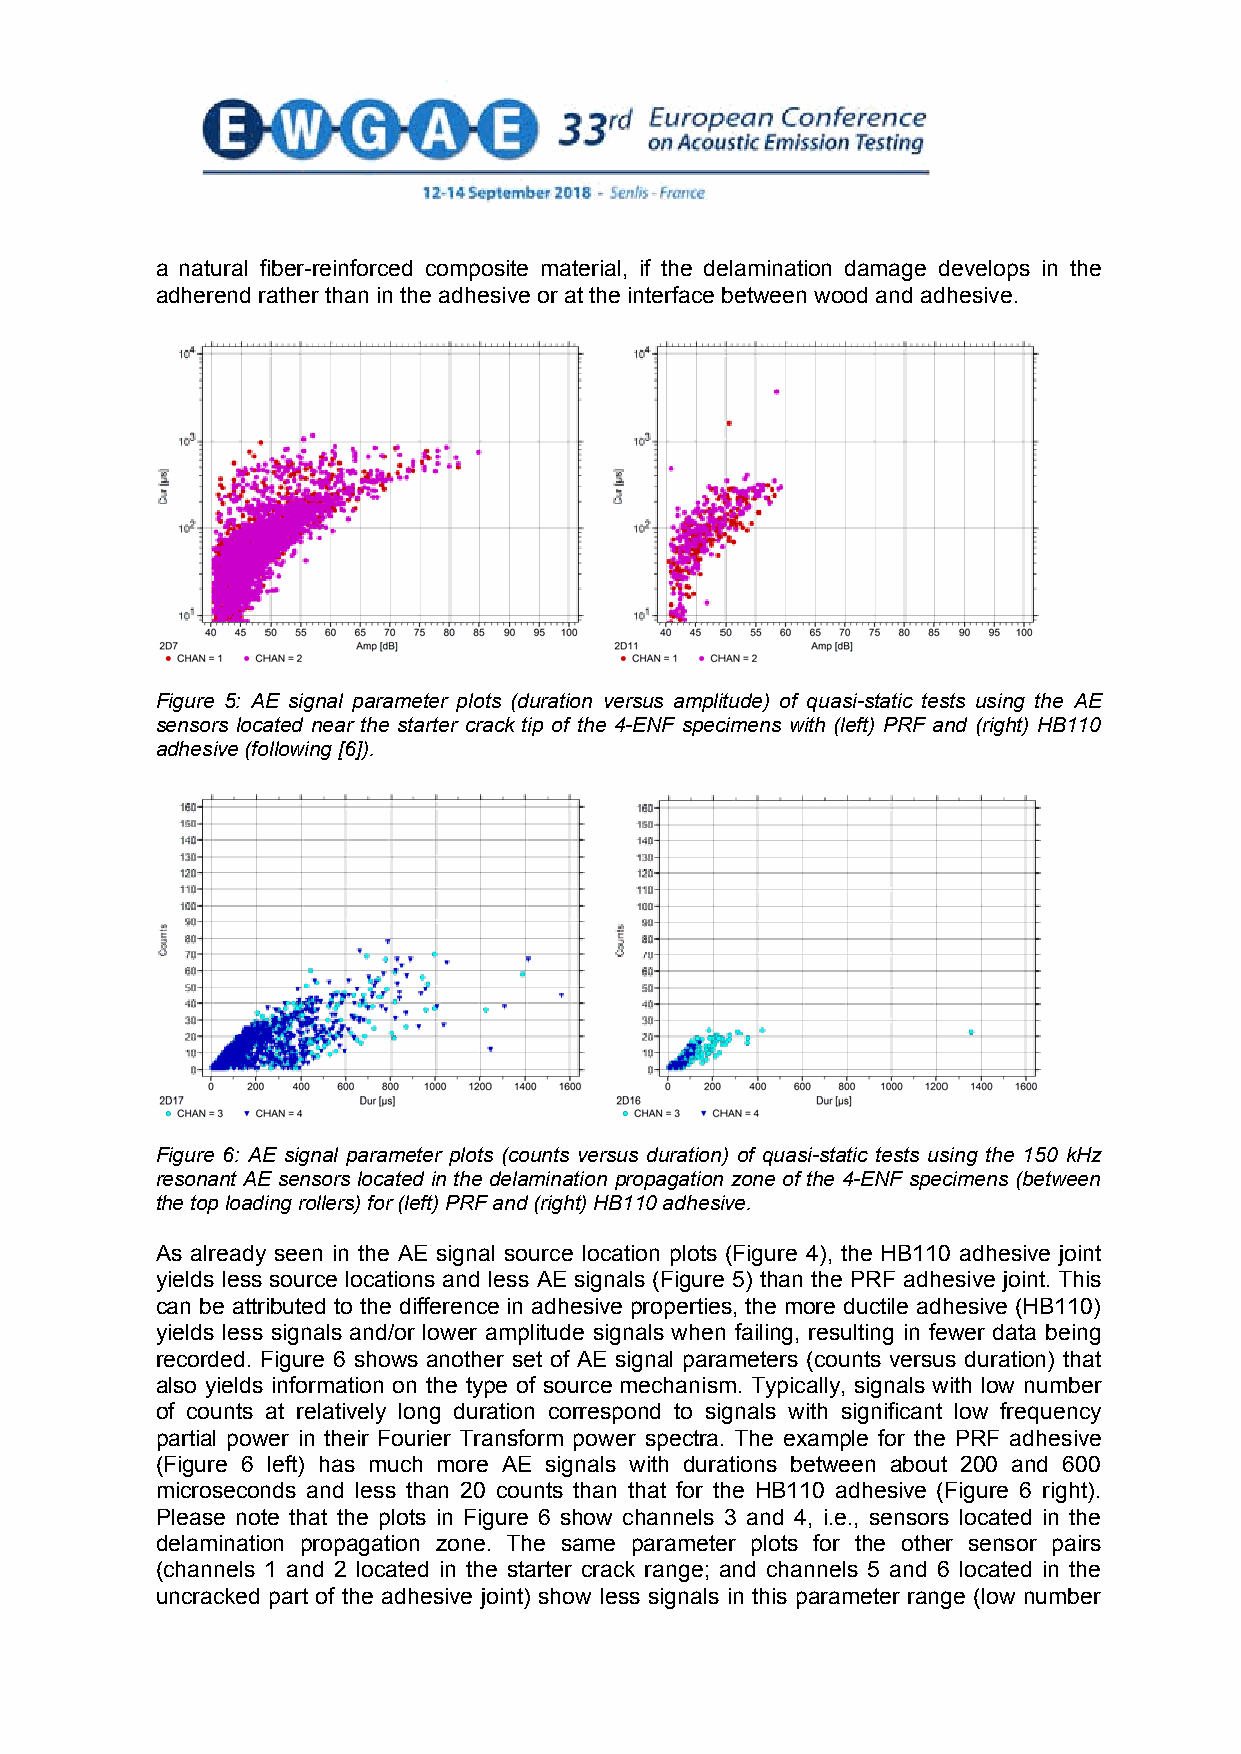
a natural fiber-reinforced composite material, if the delamination damage develops in the
 adherend rather than in the adhesive or at the interface between wood and adhesive.
 Figure 5: AE signal parameter plots (duration versus amplitude) of quasi-static tests using the AE
 sensors located near the starter crack tip of the 4-ENF specimens with (left) PRF and (right) HB110
 adhesive (following [6]).
 Figure 6: AE signal parameter plots (counts versus duration) of quasi-static tests using the 150 kHz
 resonant AE sensors located in the delamination propagation zone of the 4-ENF specimens (between
 the top loading rollers) for (left) PRF and (right) HB110 adhesive.
 As already seen in the AE signal source location plots (Figure 4), the HB110 adhesive joint
 yields less source locations and less AE signals (Figure 5) than the PRF adhesive joint. This
 can be attributed to the difference in adhesive properties, the more ductile adhesive (HB110)
 yields less signals and/or lower amplitude signals when failing, resulting in fewer data being
 recorded. Figure 6 shows another set of AE signal parameters (counts versus duration) that
 also yields information on the type of source mechanism. Typically, signals with low number
 of counts at relatively long duration correspond to signals with significant low frequency
 partial power in their Fourier Transform power spectra. The example for the PRF adhesive
 (Figure 6 left) has much more AE signals with durations between about 200 and 600
 microseconds and less than 20 counts than that for the HB110 adhesive (Figure 6 right).
 Please note that the plots in Figure 6 show channels 3 and 4, i.e., sensors located in the
 delamination propagation zone. The same parameter plots for the other sensor pairs
 (channels 1 and 2 located in the starter crack range; and channels 5 and 6 located in the
 uncracked part of the adhesive joint) show less signals in this parameter range (low number
 6